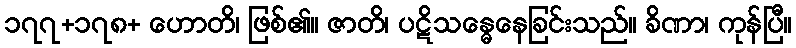
၁၇၇+၁၇၈+ ဟောတိ၊ ဖြစ်၏။ ဇာတိ၊ ပဋိသန္ဓေနေခြင်းသည်။ ခိဏာ၊ ကုန်ပြီ။